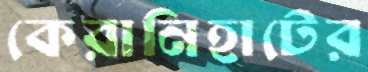
কেরানিহাটের